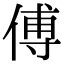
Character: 傅